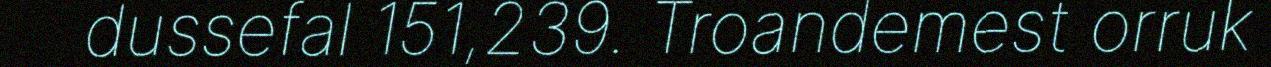
dussefal 151,239. Troandemest orruk